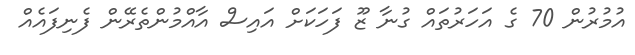
އުމުރުން 70 ގެ އަހަރުތައް ގުނާ ޒޫ ފަހަކަށް އައިސް އާއްމުންތެރޭން ފެނިފައެއް